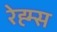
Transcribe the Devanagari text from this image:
रेह्म्स